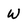
Character: W